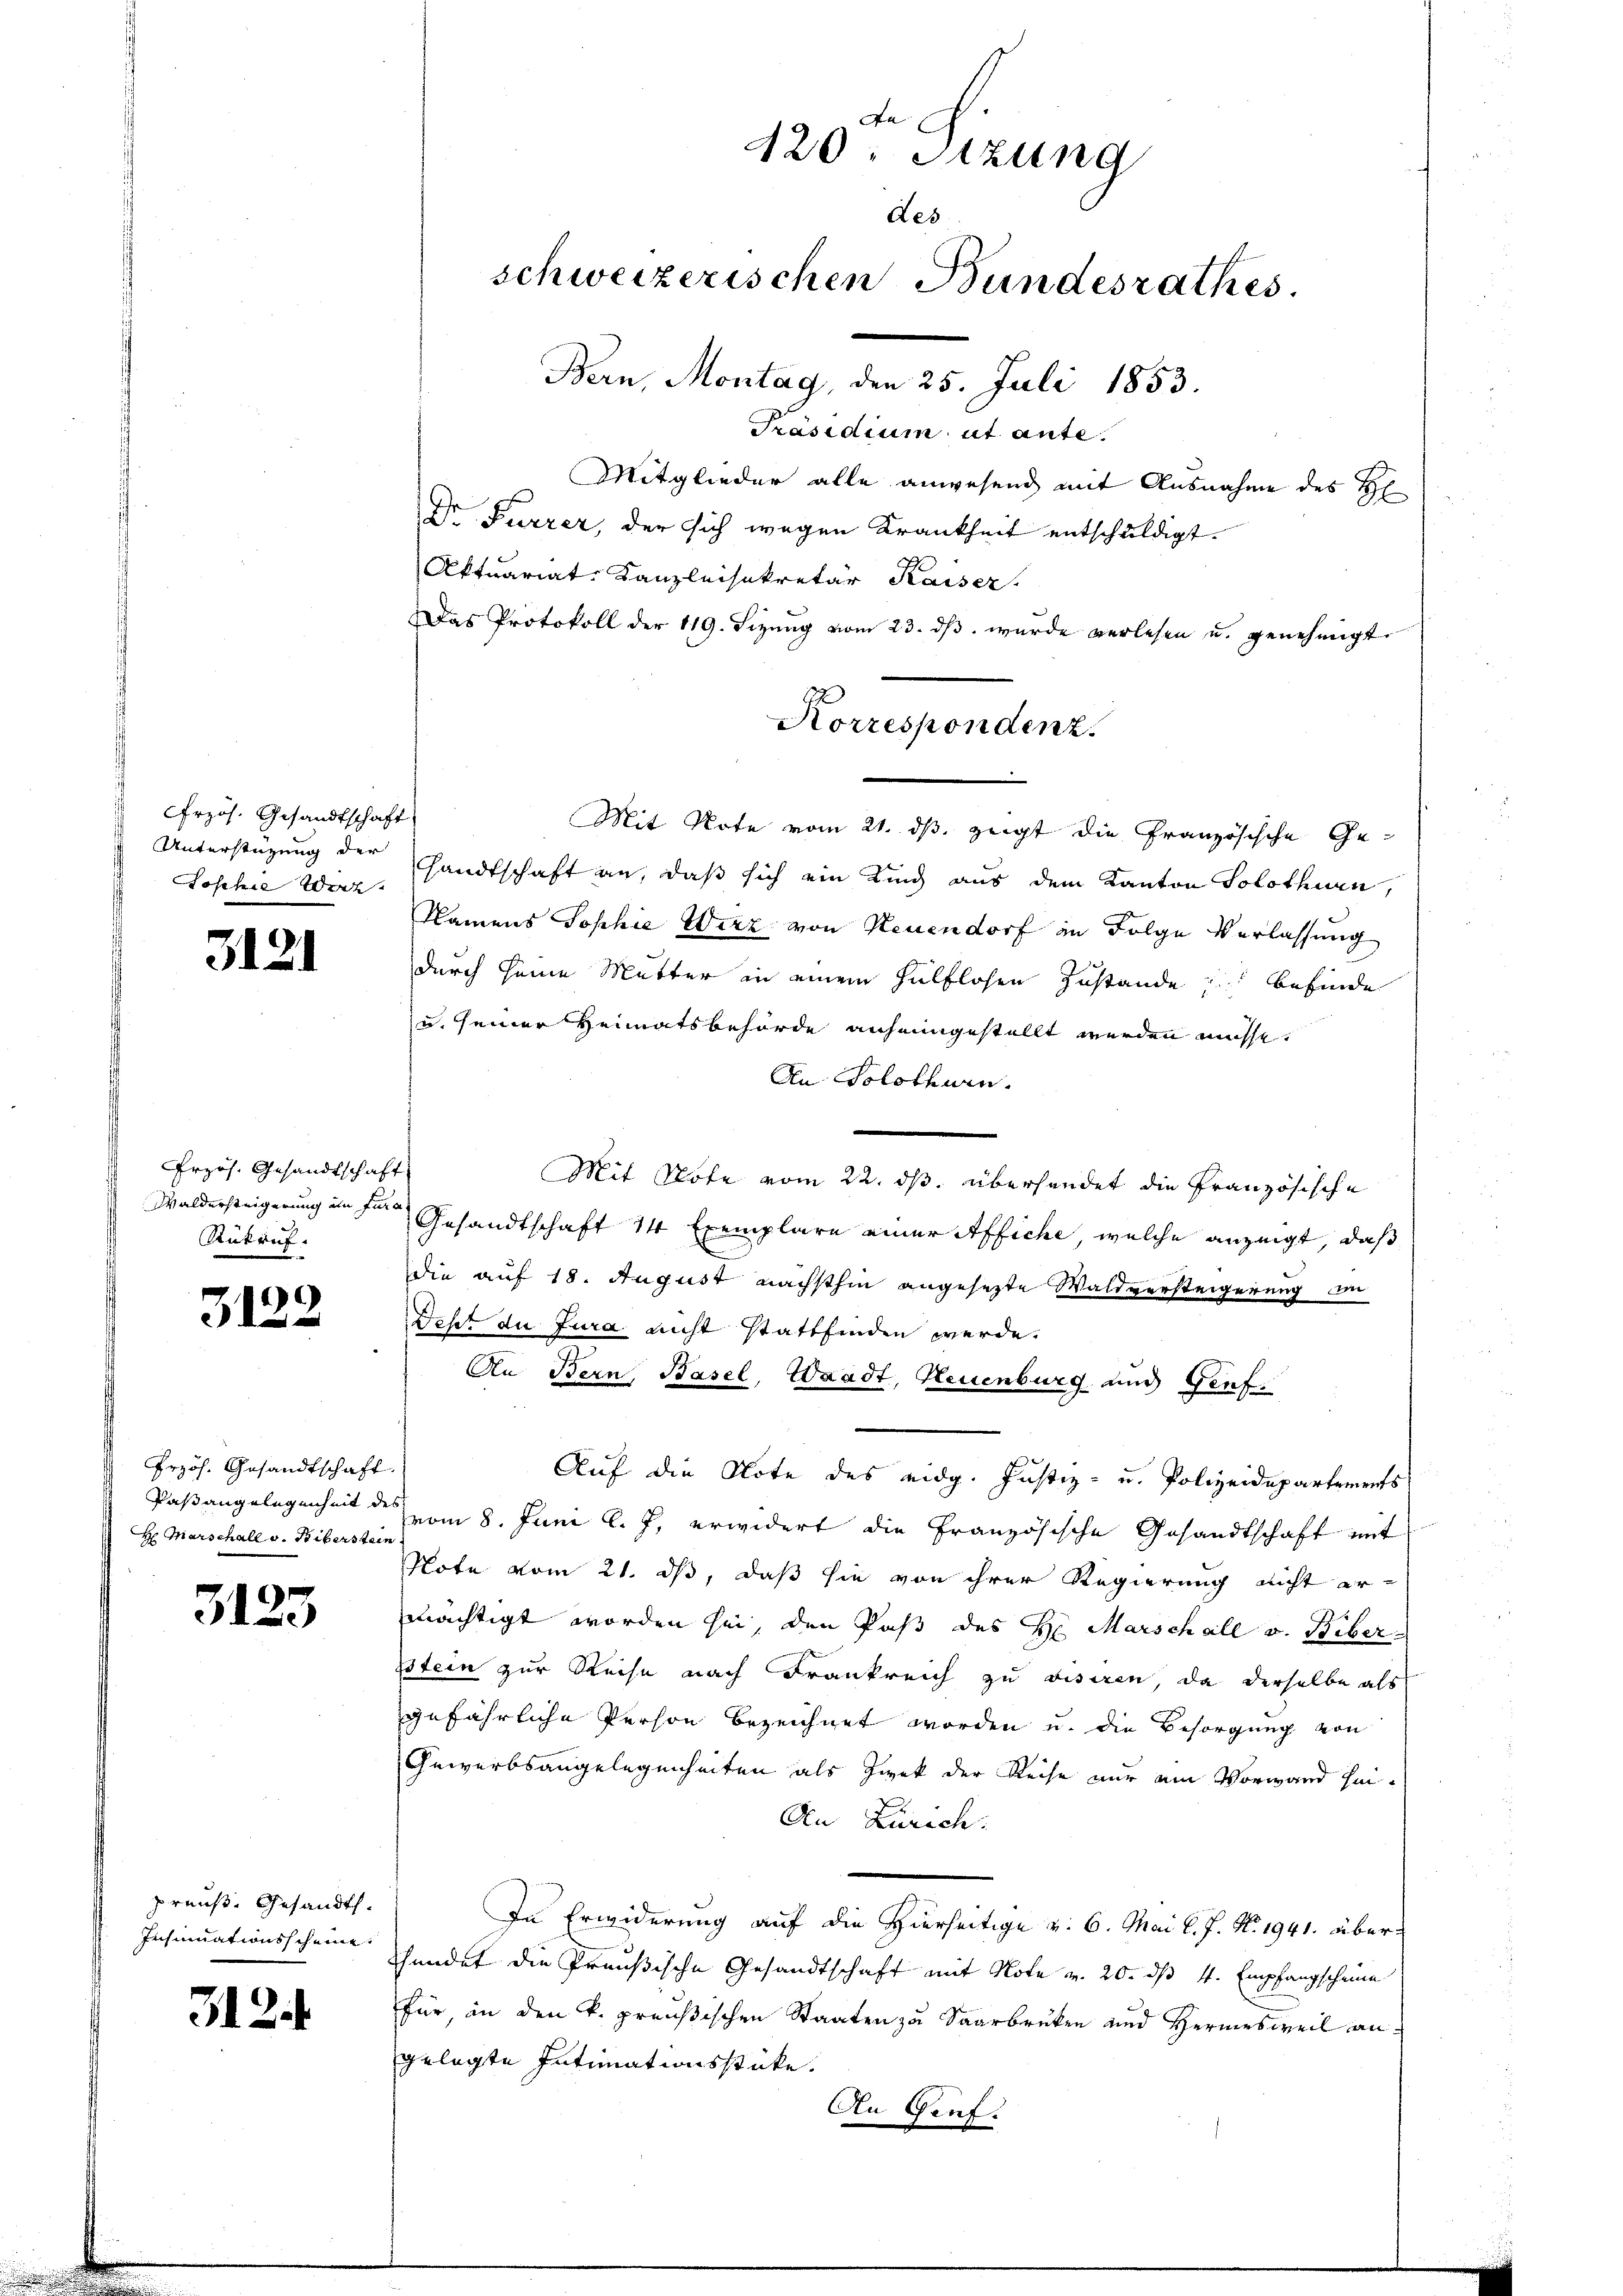
rzös. Gesandtschaft
Unterstüzung der
Josche Wert.

3121

rzös. Gesandtschaft
Rükruf.

1
3

Przös. Gesandtschaft.
Paßangelegenheit de
H Marschall v. Biberstein

3123

preuß. Gesandt.
Insinuationsscheine.

312.

Aa
420: Sitzung
des.
schweizerischen Bundesrathes.
Bern, Montag, den 25. Juli 1853.

Präsidium ut ante
Mitglieder alle anwesend mit Ausnahme des H
Dr Furrer, der sich wegen Krankheit entschuldigt.
Aktuariat Kanzleisekretär Kaiser.
Das Protokoll der 119. Sizung vom 23. dβ. wurde verlesen u. genehmigt.
Mit Note vom 21. ds. zeigt die Französische Ge¬
Handtschaft an, daß sich ein Kind aus dem Kanton Solothurn,
Namens Sophie Wirz von Neuendorf in Folge Verlassung
durch seine Mutter in einem Hülflosen Zustande befinde
u. seiner Heimatsbehörde anheimgestellt werden müsse.
An Solothurn.
Mit Note vom 22. ds. übersendet die Französische
Waldersteigerung an die Gesandtschaft 14 Exemplare einer Affiche, welche anzeigt, daß
die auf 18. August nächsthin angesezte Waldversteigerung im
Seht du Jura nicht stattfinden werde.
An Bern, Basel, Waadt, Neuenburg und Genf.
Auf die Note des eidg. Justiz- u. Polizeidepartements
vom 8. Juni l. J. erwidert die Französische Gesandtschaft mit
Note vom 21. ds, daß sie von ihrer Regierung nicht ermächtigt worden sei, den Paß des H. Marschall v. Biber
pstein zur Reise nach Frankreich zu visiren, da derselbe als
gefährliche Person bezeichnet worden u. die Besorgung von
Gewerbsangelegenheiten als Zwek der Reise nur am Vorwand hei¬
An Zürich:
In Erwiderung auf die Hierseitige v. 6. Mai l. J. N. 1941. übershundet die Preußische Gesandtschaft mit Note v. 20. dß 4. Empfangscheine
für, an den k. preußischen Staaten zu Saarbrüken und Hermes weil angelegte Intimationsstücke.
An Genf.

Korrespondenz.